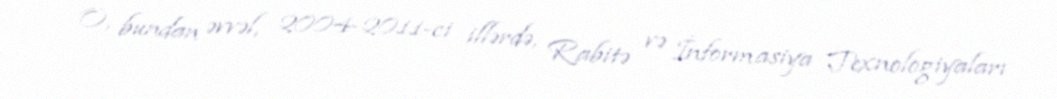
O, bundan əvvəl, 2004-2011-ci illərdə, Rabitə və İnformasiya Texnologiyaları